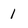
Character: 1